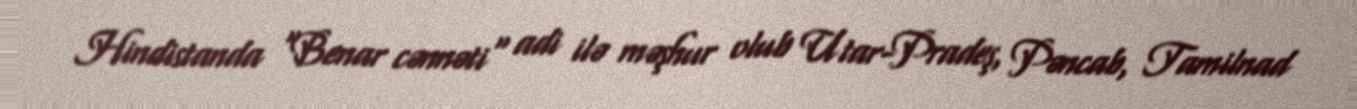
Hindistanda "Benar cənnəti" adi ilə məşhur olub Utar-Pradeş, Pəncab, Tamilnad